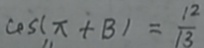
\cos ( \pi + B ) = \frac { 1 2 } { 1 3 }